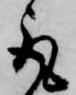
取